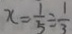
x = \frac { 1 } { 5 } \div \frac { 1 } { 3 }